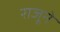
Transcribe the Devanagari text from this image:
राजूने